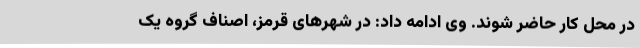
در محل کار حاضر شوند. وی ادامه داد: در شهرهای قرمز، اصناف گروه یک